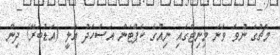
މެޗުގެ ނުވަ ވަނަ މިނިޓްގައި ނިއުގެ ކެޕްޓަން އަސްހަދު އަލީ (އަޑުބަރޭ) ދިން